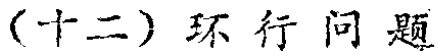
（十二）环行问题